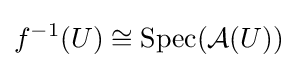
f^{-1}(U)\cong \operatorname {Spec} ({\mathcal {A}}(U))